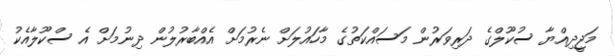
މަޖީދިއްޔާ ސުކޫލްގެ ދަރިވަރުން މަސައްކަތުގެ މާހައުލަށް ނެރުމަށް އެއްބާރުލުން ދިނުމަށް އެ ސްކޫލާއެކު